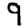
Digit: 9